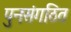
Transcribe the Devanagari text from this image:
पुनःसंगठित